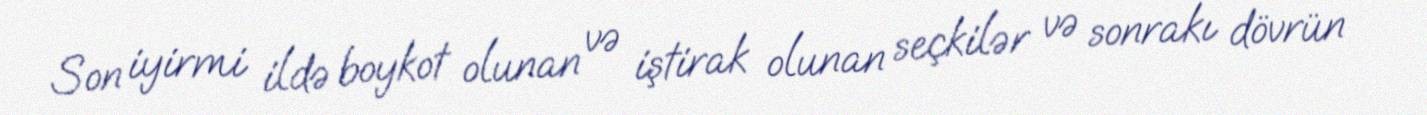
Son iyirmi ildə boykot olunan və iştirak olunan seçkilər və sonrakı dövrün